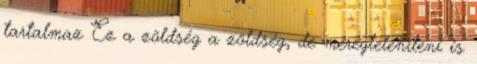
tartalmaz Ez a zöldség a zöldség, de méregteleníteni is